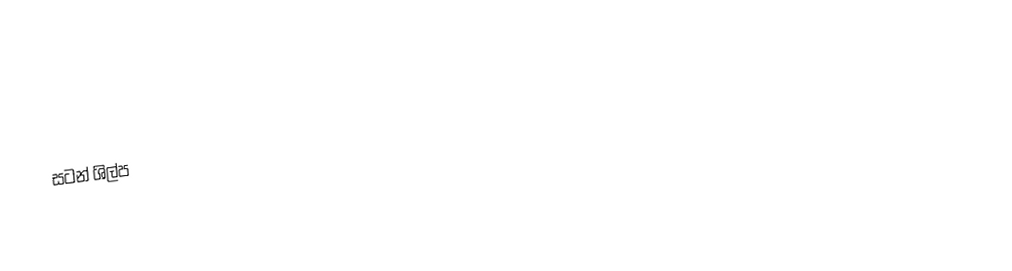
සටන් ශිල්ප